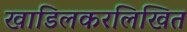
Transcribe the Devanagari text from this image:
खाडिलकरलिखित